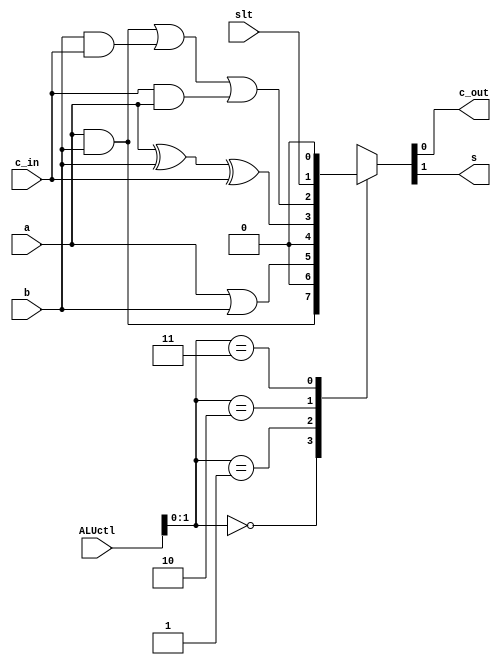
`timescale 1ns / 1ps
//////////////////////////////////////////////////////////////////////////////////
// Company: 
// Engineer: 
// 
// Design Name: 
// Module Name: alu
// Project Name: 
// Target Devices: 
// Tool Versions: 
// Description: 
// 
// Dependencies: 
// 
// Revision:
// Revision 0.01 - File Created
// Additional Comments:
// 
//////////////////////////////////////////////////////////////////////////////////


module Alu(ALUctl,a,b,slt,c_in,c_out,s);
    input a,b,c_in,slt;
    input [3:0]ALUctl;
    output c_out,s;
    function [1:0]out;
        input a,b,c_in,slt;
        input [3:0]ALUctl;
        begin
            case(ALUctl[1:0])
                2'b00:out={a&b,1'b0};
                2'b01:out={a|b,1'b0};
                2'b10:out={a^b^c_in,(a&b)|(b&c_in)|(c_in&a)};
                2'b11:out={slt,1'b0};
                default:out={1'b0,1'b0};
            endcase
        end
    endfunction
    assign {s,c_out}=out(a,b,c_in,slt,ALUctl);
endmodule